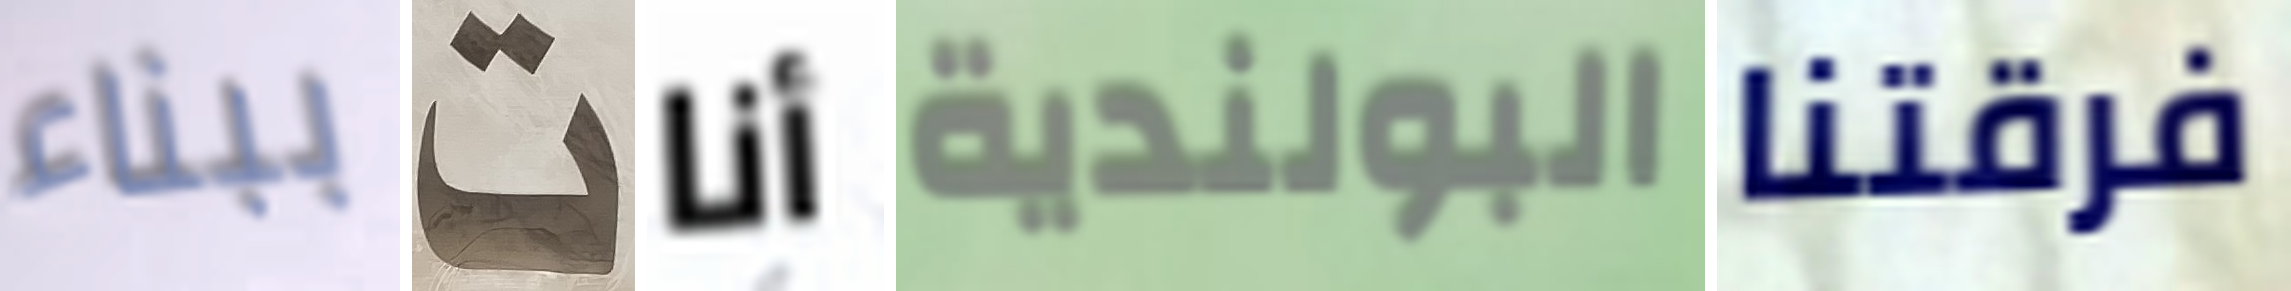
ببناء ت أنا البولندية فرقتنا